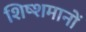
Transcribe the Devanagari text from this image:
शिष्शमानों